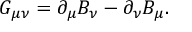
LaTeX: G _ { \mu \nu } = \partial _ { \mu } B _ { \nu } - \partial _ { \nu } B _ { \mu } .